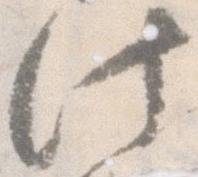
此